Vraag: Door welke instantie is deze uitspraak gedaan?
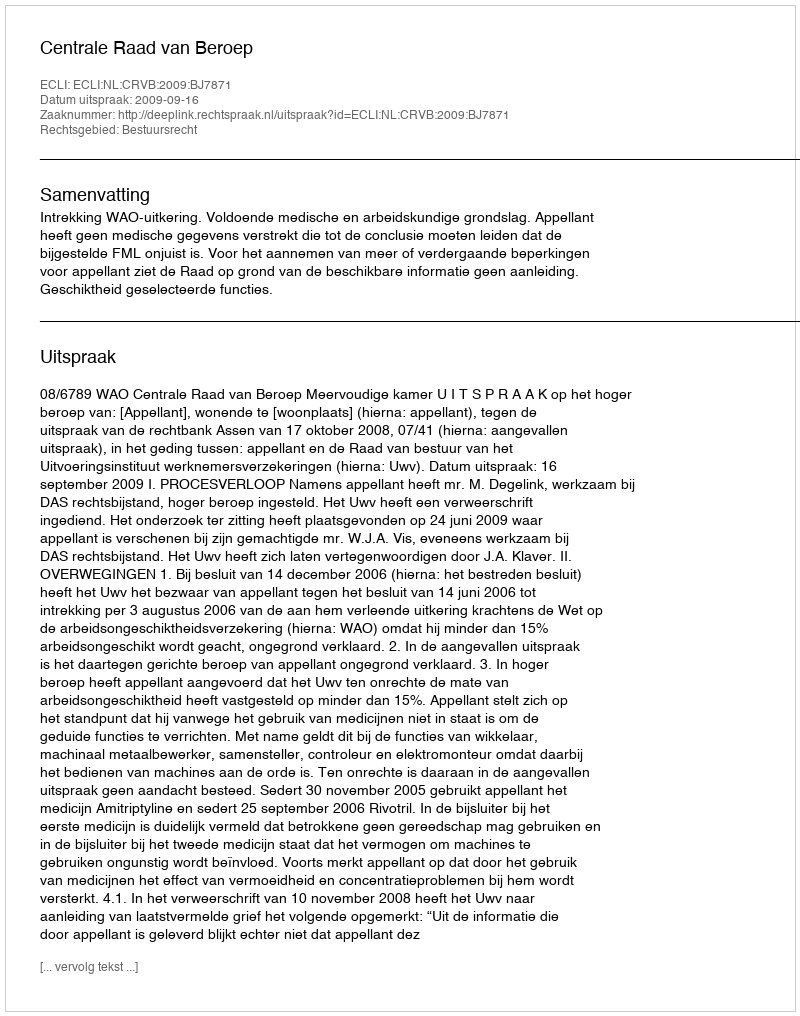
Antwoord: Centrale Raad van Beroep